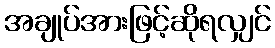
အချုပ်အားဖြင့်ဆိုရလျှင်